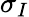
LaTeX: \sigma_{I}